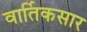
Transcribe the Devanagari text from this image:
वार्तिकसार